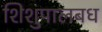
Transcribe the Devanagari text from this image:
शिशुपालबध